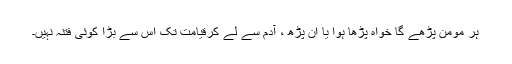
ہر مومن پڑھے گا خواہ پڑھا ہوا یا اَن پڑھ ، آدم سے لے کرقیامت تک اس سے بڑا کوئی فتنہ نہیں۔